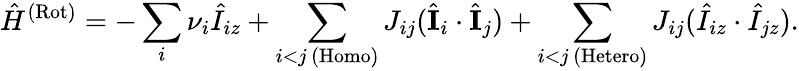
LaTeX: \hat{H}^{\mathrm{(Rot)}}=-\sum_{i}\nu_{i}\hat{I}_{iz}+\sum_{\substack{i<j\, \mathrm{(Homo)}}}J_{ij}(\hat{\mathbf{I}}_{i}\cdot\hat{\mathbf{I}}_{j})+\sum_{\substack{i<j\, \mathrm{(Hetero)}}}J_{ij}(\hat{I}_{iz}\cdot\hat{I}_{jz}).